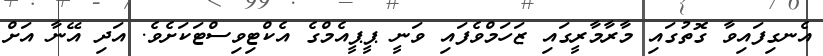
އެނގިފައިވާ ގޮތުގައި މާރާމާރީގައި ޒަހަމްވެފައި ވަނީ ޕީޕީއެމްގެ އެކްޓިވިސްޓަކަށެވެ. އަދި އޭނާ އަށް